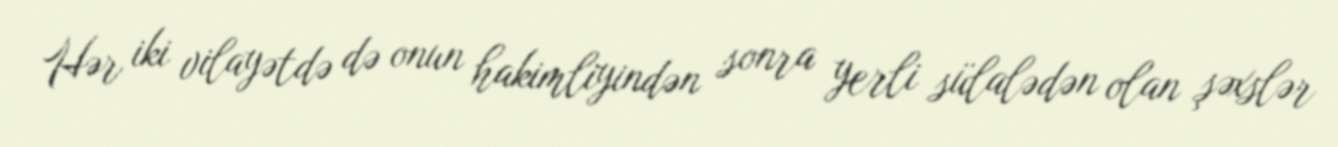
Hər iki vilayətdə də onun hakimliyindən sonra yerli sülalədən olan şəxslər